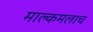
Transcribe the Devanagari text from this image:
माल्कमलाच